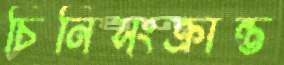
চিনিসংক্রান্ত